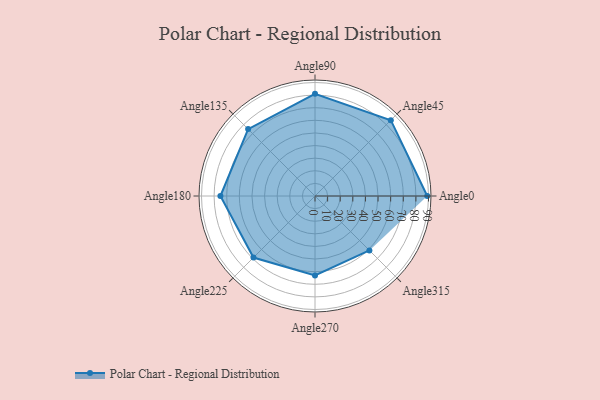
{"axis": {"x": "Angle", "y": "Radius"}, "legend": [""], "data": [{"x": "Angle0", "y": 89.0, "type": ""}, {"x": "Angle45", "y": 85.0, "type": ""}, {"x": "Angle90", "y": 81.0, "type": ""}, {"x": "Angle135", "y": 75.0, "type": ""}, {"x": "Angle180", "y": 75.0, "type": ""}, {"x": "Angle225", "y": 69.0, "type": ""}, {"x": "Angle270", "y": 63.0, "type": ""}, {"x": "Angle315", "y": 61.0, "type": ""}]}